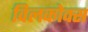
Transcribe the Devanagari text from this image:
विलकोक्स